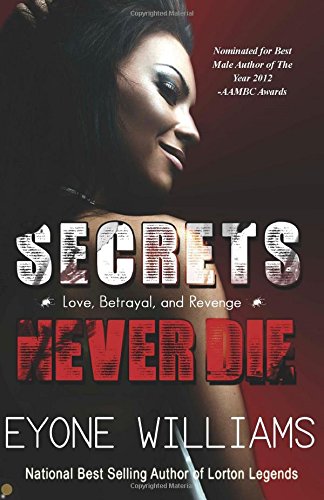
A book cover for Secrets Never Die; Eyone Williams; Romance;